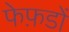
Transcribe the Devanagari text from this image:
फेफ़डों